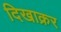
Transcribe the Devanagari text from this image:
दिखाक्रर